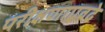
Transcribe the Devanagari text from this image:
परीक्षणाएवढे